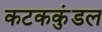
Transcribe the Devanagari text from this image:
कटककुंडल